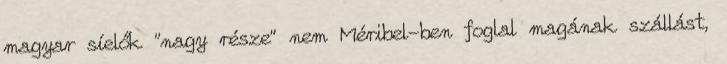
magyar síelők "nagy része" nem Méribel-ben foglal magának szállást,